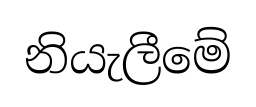
නියැලීමේ